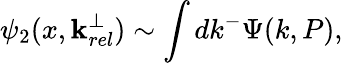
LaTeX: \psi_{2}(x,\mathbf{k}_{rel}^{\perp})\sim\int dk^{-}\Psi(k,P),